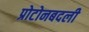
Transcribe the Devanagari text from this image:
प्रोटोनबदली